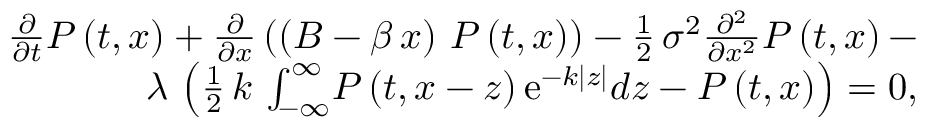
\begin{array} { r l r } & { } & { { \frac { \partial } { \partial t } } P \left( t , x \right) + { \frac { \partial } { \partial x } } \left( \left( B - \beta \, x \right) \, P \left( t , x \right) \right) - \frac 1 2 \, { \sigma } ^ { 2 } { \frac { \partial ^ { 2 } } { \partial { x } ^ { 2 } } } P \left( t , x \right) - } \\ & { } & { { \lambda } \, \left( \frac 1 2 \, { k } \, \int _ { - \infty } ^ { \infty } \! P \left( t , x - z \right) { \mathrm { e } ^ { - k \left| z \right| } } { d z } - P \left( t , x \right) \right) = 0 , } \end{array}